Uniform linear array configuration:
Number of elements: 16
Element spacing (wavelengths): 0.25
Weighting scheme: exponential
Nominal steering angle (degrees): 60
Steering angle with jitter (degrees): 59.672
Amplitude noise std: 0.05
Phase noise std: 0.05

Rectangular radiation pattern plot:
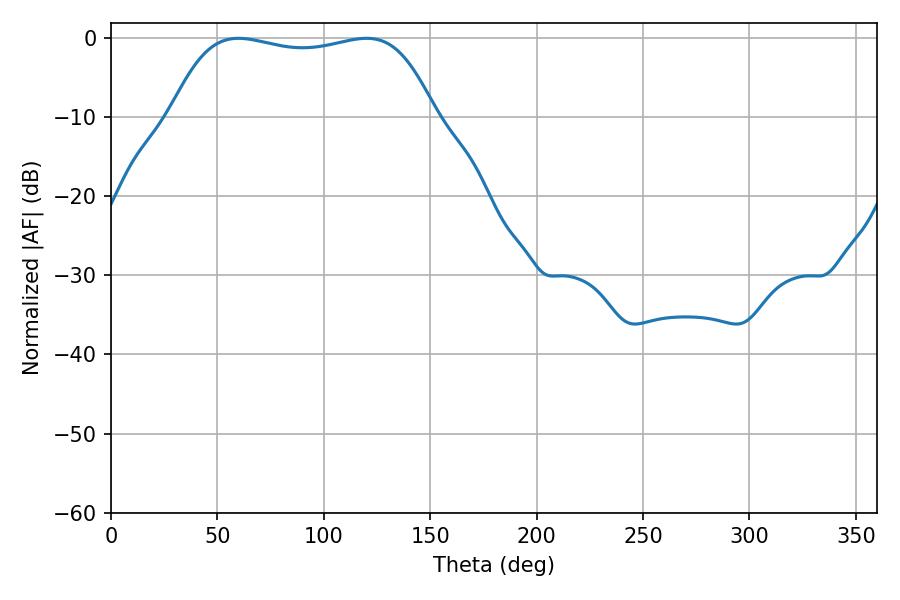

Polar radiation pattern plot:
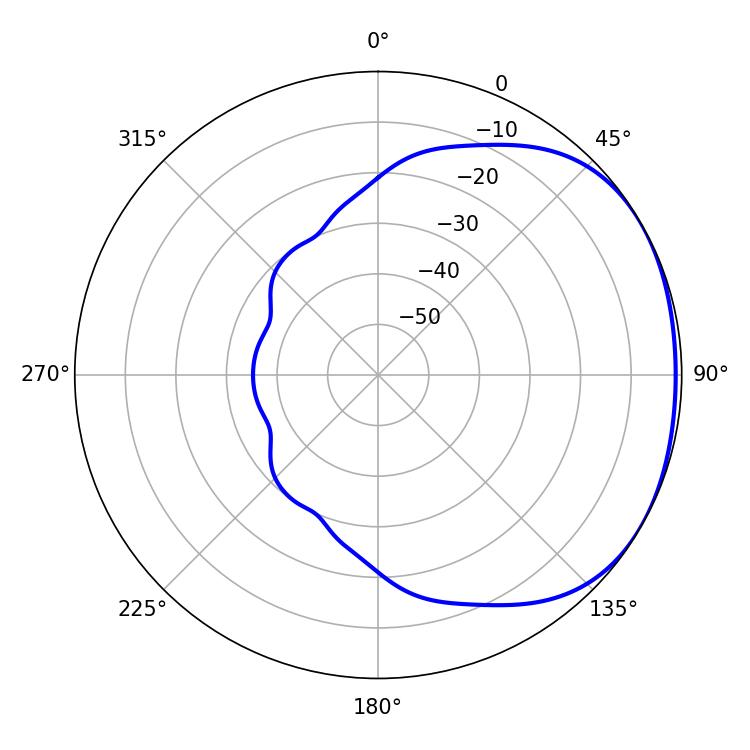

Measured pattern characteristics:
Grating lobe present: FALSE
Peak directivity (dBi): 1.577
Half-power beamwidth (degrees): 99
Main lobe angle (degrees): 59.94